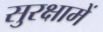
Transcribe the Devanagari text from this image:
सुरक्षामें